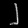
Digit: ၂